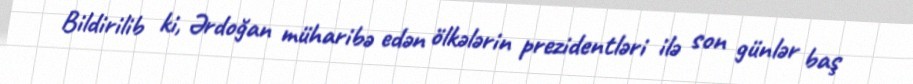
Bildirilib ki, Ərdoğan müharibə edən ölkələrin prezidentləri ilə son günlər baş